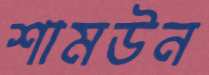
শামউন